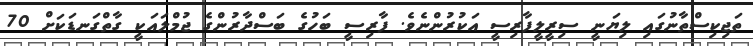
ތަޖިކިސްތާނުގައި ލިޔަނީ ސިރީލީފާރިސީ އަކުރުންނެވެ. ފާރިސީ ބަހުގެ ބަސްދާރުންގެ ޖުމްލައަކީ ގާތްގަނޑަކަށް 70